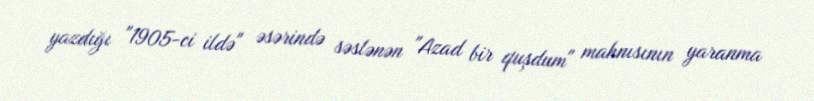
yazdığı "1905-ci ildə" əsərində səslənən "Azad bir quşdum" mahnısının yaranma